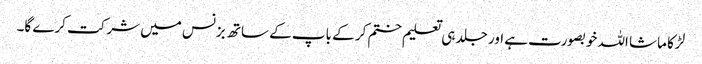
لڑکا ماشا اللہ خوبصورت ہے اور جلد ہی تعلیم ختم کر کے باپ کے ساتھ بزنس میں شرکت کرے گا۔